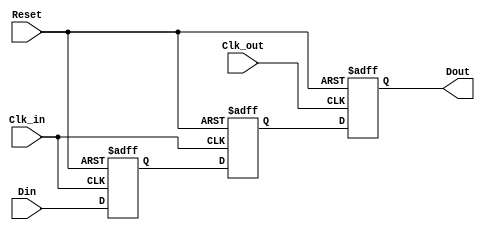
module MemoryBlocksPipelineSynchronizer #(
    parameter DATA_WIDTH = 8,  // Parameter for data width
    parameter STAGES = 2        // Number of flip-flop stages for metastability handling
)(
    input  wire [DATA_WIDTH-1:0] Din,      // Data input
    input  wire Clk_in,                     // Clock input for source domain
    input  wire Clk_out,                    // Clock input for destination domain
    input  wire Reset,                       // Asynchronous reset
    output reg  [DATA_WIDTH-1:0] Dout       // Synchronized data output
);

    // Intermediate registers for metastability handling
    reg [DATA_WIDTH-1:0] sync_reg [0:STAGES-1]; // Array of registers for synchronization

    // Asynchronous reset and data sampling on Clk_in
    always @(posedge Clk_in or posedge Reset) begin
        if (Reset) begin
            sync_reg[0] <= {DATA_WIDTH{1'b0}}; // Reset the first stage
        end else begin
            sync_reg[0] <= Din; // Sample input data
        end
    end

    // Synchronization stages
    genvar i;
    generate
        for (i = 1; i < STAGES; i = i + 1) begin : sync_stages
            always @(posedge Clk_in or posedge Reset) begin
                if (Reset) begin
                    sync_reg[i] <= {DATA_WIDTH{1'b0}}; // Reset subsequent stages
                end else begin
                    sync_reg[i] <= sync_reg[i-1]; // Pass data to the next stage
                end
            end
        end
    endgenerate

    // Final output sampling on Clk_out
    always @(posedge Clk_out or posedge Reset) begin
        if (Reset) begin
            Dout <= {DATA_WIDTH{1'b0}}; // Reset output
        end else begin
            Dout <= sync_reg[STAGES-1]; // Output the last synchronized stage
        end
    end

endmodule